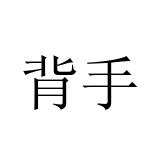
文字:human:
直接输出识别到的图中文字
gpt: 背手